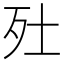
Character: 𣧅